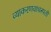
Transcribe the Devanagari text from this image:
व्याकरणवाचस्पती